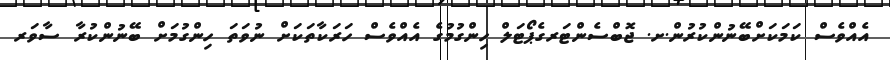
އެއްވެސް ކަމަކަށްބޭނުންކުރުން.ށ. ޖޮބްސެންޓަރގެޕޯޓަލް ހިންގުމުގެ އެއްވެސް ހަރަކާތަކަށް ނުވަތަ ހިންގުމަށް ބޭނުންކުރާ ސާވަރ